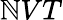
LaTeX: \mathbb{N}VT